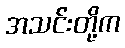
အသင်းတို့က